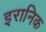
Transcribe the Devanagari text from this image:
इरानिक